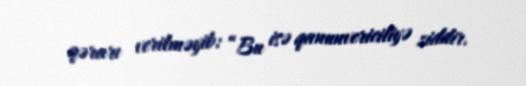
qərarı verilməyib: “Bu isə qanunvericiliyə ziddir.